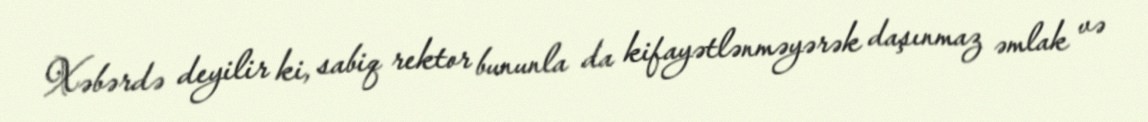
Xəbərdə deyilir ki, sabiq rektor bununla da kifayətlənməyərək daşınmaz əmlak və